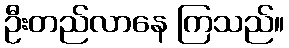
ဦးတည်လာနေ ကြသည်။